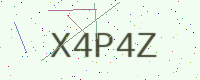
Text: X4P4Z